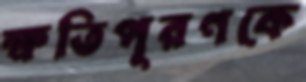
ক্ষতিপূরণকে